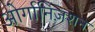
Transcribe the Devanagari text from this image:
ओर्गानिज़शन